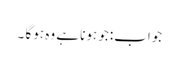
جواب:جو ہونا ہے وہ ہوگا ۔